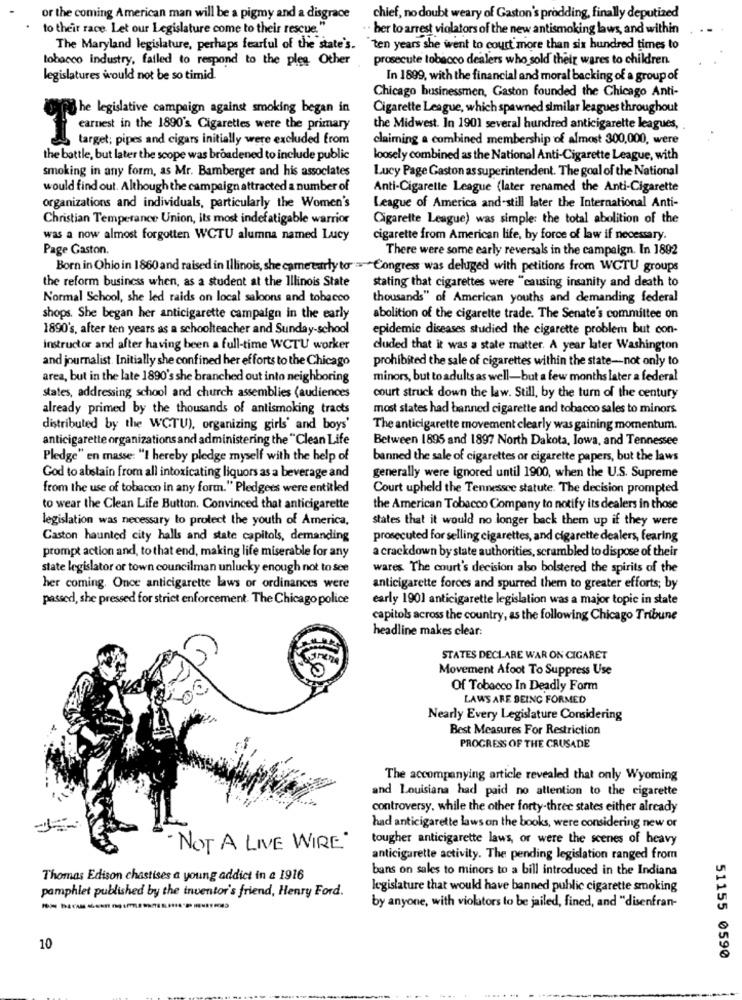
or the coming American man will be a pigmy and a disgrace
chief, no doubt weary of Gaston's prodding, finally deputized
to their race. Let our Legislature come to their rescue."
. her to arrest violators of the new antismoking laws, and within
The Maryland legislature, perhaps fearful of the state's. "ten years she went to court more than six hundred times to
tobacco industry, failed to respond to the ples Other
prosecute tobacco dealers who sold their wares to children
legislatures would not be so timid.
In 1899, with the financial and moral backing of a group of
Chicago businessmen, Gaston founded the Chicago Anti-
the legislative campaign against smoking began in
Cigarette League, which spawned similar leagues throughout
earnest in the 1890's Cigarettes were the primary
the Midwest. In 1901 several hundred anticigarette leagues,
target; pipes and cigars initially were excluded from
claiming a combined membership of almost 300,000, were
the battle, but later the scope was broadened to include public
loosely combined as the National Anti-Cigarette League, with
smoking in any form, as Mr. Bamberger and his associates
Lucy Page Gaston as superintendent. The goal of the National
would find out. Although the campaign attracted a number of
Anti-Cigarette League (later renamed the Anti-Cigarette
organizations and individuals, particularly the Women's
League of America and-still later the International Anti-
Christian Temperance Union, its most indefatigable warrior
Cigarette League) was simple: the total abolition of the
was a now almost forgotten WCTU alumna named Lucy
cigarette from American life, by force of law if necessary.
Page Gaston.
There were some early reversals in the campaign. In 1892
Born in Ohio in 1860 and raised in Illinois, she came early to -Congress was deluged with petitions from WCTU groups
the reform business when, as a student at the Illinois State
stating that cigarettes were "causing insanity and death to
Normal School, she led raids on local saloons and tobacco
thousands" of American youths and demanding federal
shops. She began her anticigarette campaign in the early
abolition of the cigarette trade. The Senate's committee on
1890's, after ten years as a schoolteacher and Sunday-school
epidemie diseases studied the cigarette problem but con-
instructor and after having been a full-time WCTU worker
cluded that it was a state matter. A year later Washington
and journalist. Initially she confined her efforts to the Chicago
prohibited the sale of cigarettes within the state-not only to
area, but in the late 1890's she branched out into neighboring
minors, but to adults as well-but a few months later a federal
states, addressing school and church assemblies (audiences
court struck down the law. Still, by the turn of the century
already primed by the thousands of antismoking tracts
most states had banned cigarette and tobacco sales to minors
distributed by the WCTU), organizing girls' and boys'
The anticigarette movement clearly was gaining momentum.
anticigarette organizations and administering the "Clean Life
Between 1895 and 1897 North Dakota, Iowa, and Tennessee
Pledge" en masse: "I hereby pledge myself with the help of
banned the sale of cigarettes or cigarette papers, but the laws
God to abstain from all intoxicating liquors as a beverage and
generally were ignored until 1900, when the U.S. Supreme
from the use of tobacco in any form." Pledgees were entitled
Court upheld the Tennessee statute. The decision prompted
to wear the Clean Life Button. Convinced that anticigarette
the American Tobacco Company to notify its dealers in those
legislation was necessary to protect the youth of America,
states that it would no longer back them up if they were
Caston haunted city halls and state capitols, demanding
prosecuted for selling cigarettes, and cigarette dealers, fearing
prompt action and, to that end, making life miserable for any
a crackdown by state authorities, scrambled to dispose of their
state legislator or town councilman unlucky enough not to see
wares. The court's decision also bolstered the spirits of the
her coming. Once anticigarette laws or ordinances were
anticigarette forces and spurred them to greater efforts; by
passed, she pressed for strict enforcement. The Chicago police
early 1901 anticigarette legislation was a major topic in state
capitols across the country, as the following Chicago Tribune
headline makes clear:
STATES DECLARE WAR ON CIGARET
Movement Afoot To Suppress Use
Of Tobacco In Deadly Form
LAWS ARE BEING FORMED
Nearly Every Legislature Considering
Best Measures For Restriction
PROGRESS OF THE CRUSADE
The accompanying article revealed that only Wyoming
and Louisiana had paid no attention to the cigarette
controversy, while the other forty-three states either already
had anticigarette laws on the books, were considering new or
tougher anticigarette laws, or were the scenes of heavy
- NOT A LIVE WIRE"
anticigarette activity. The pending legislation ranged from
bans on sales to minors to a bill introduced in the Indiana
Thomas Edison chastises a young addict in a 1916
legislature that would have banned public cigarette smoking
pamphlet published by the inventor's friend, Henry Ford.
by anyone, with violators to be jailed, fined, and "disenfran-
10
51155 0590